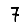
Digit: 7